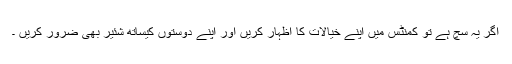
اگر یہ سچ ہے تو کمنٹس میں اپنے خیالات کا اظہار کریں اور اپنے دوستوں کیساتھ شئیر بھی ضرور کریں ۔